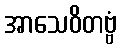
အာသေဝိတဗ္ဗံ